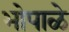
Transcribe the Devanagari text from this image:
भोपाळे